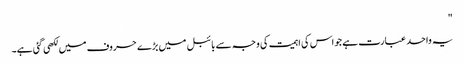
"
یہ واحد عبارت ہے جو اس کی اہمیت کی وجہ سے بائبل میں بڑے حروف میں لکھی گئی ہے۔